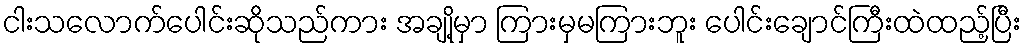
ငါးသလောက်ပေါင်းဆိုသည်ကား အချို့မှာ ကြားမှမကြားဘူး ပေါင်းချောင်ကြီးထဲထည့်ပြီး